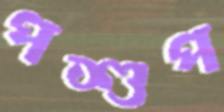
পশুপ